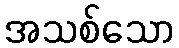
အသစ်သော